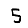
Digit: 5